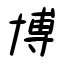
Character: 博